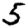
Digit: 5